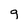
Character: g